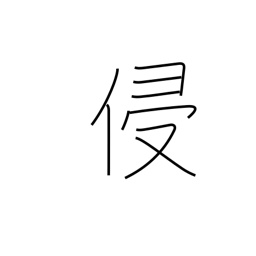
Meaning: violate